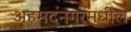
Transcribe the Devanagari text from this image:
अहमदनगरमधील